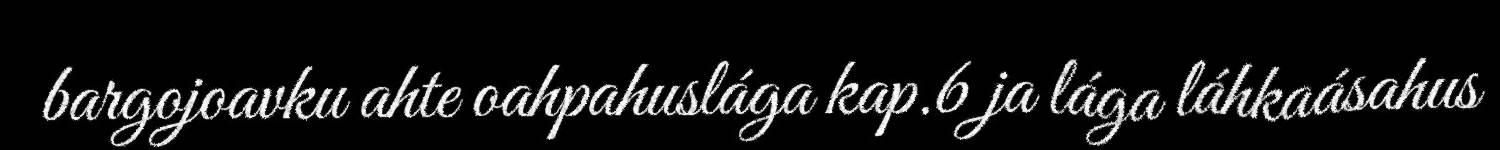
bargojoavku ahte oahpahuslága kap.6 ja lága láhkaásahus